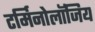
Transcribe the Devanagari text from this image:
टर्मिनोलॉजिय